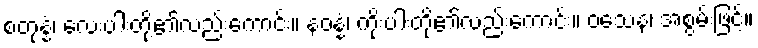
စတုန္နံ၊ လေးပါးတို့၏လည်းကောင်း။ နဝန္နံ၊ ကိုးပါးတို့၏လည်းကောင်း။ ဝသေန၊ အစွမ်းဖြင့်။